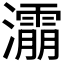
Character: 𰝬